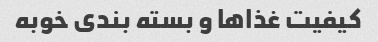
کیفیت غذاها و بسته بندی خوبه